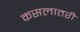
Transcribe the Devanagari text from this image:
कसलातरी